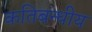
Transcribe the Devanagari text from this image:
कतिबन्धीय